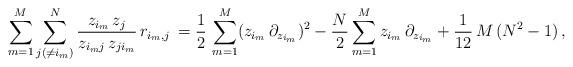
LaTeX: \begin{align*} \sum_{m=1}^M \sum_{j(\neq i_m)}^N \frac{z_{i_m} \, z_j}{z_{i_m j} \, z_{j i_m}} \, r_{i_m,j} \,= \frac{1}{2} \, \sum_{m=1}^M (z_{i_m}\, \partial_{z_{i_m}})^2- \frac{N}{2} \sum_{m=1}^M z_{i_m}\, \partial_{z_{i_m}} + \frac{1}{12} \, M \, (N^2 - 1) \, ,\end{align*}